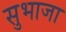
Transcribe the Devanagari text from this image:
सुभाजा